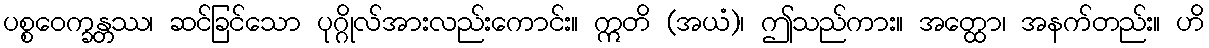
ပစ္စဝေက္ခန္တဿ၊ ဆင်ခြင်သော ပုဂ္ဂိုလ်အားလည်းကောင်း။ ဣတိ (အယံ)၊ ဤသည်ကား။ အတ္ထော၊ အနက်တည်း။ ဟိ